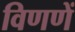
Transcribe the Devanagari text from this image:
विणणें